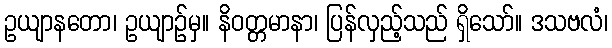
ဥယျာနတော၊ ဥယျာဉ်မှ။ နိဝတ္တမာနာ၊ ပြန်လှည့်သည် ရှိသော်။ ဒသဗလံ၊